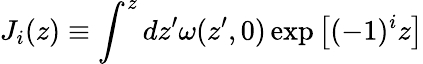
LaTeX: J_{i}(z)\equiv\int^{z}dz^{\prime}\omega(z^{\prime},0)\exp\big[(-1)^{i}z\big]